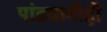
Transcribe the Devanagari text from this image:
पांडवानीही